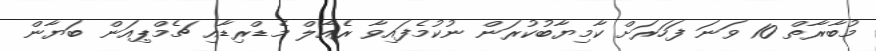
މުބާރާތް 10 ވަނަ ފަހަރަށް ކާމިޔާބުކުރަން ނުކުމެފައިވާ ރެއާލް މެޑްރިޑާއި ޗެމްޕިއަން ބަޔާން